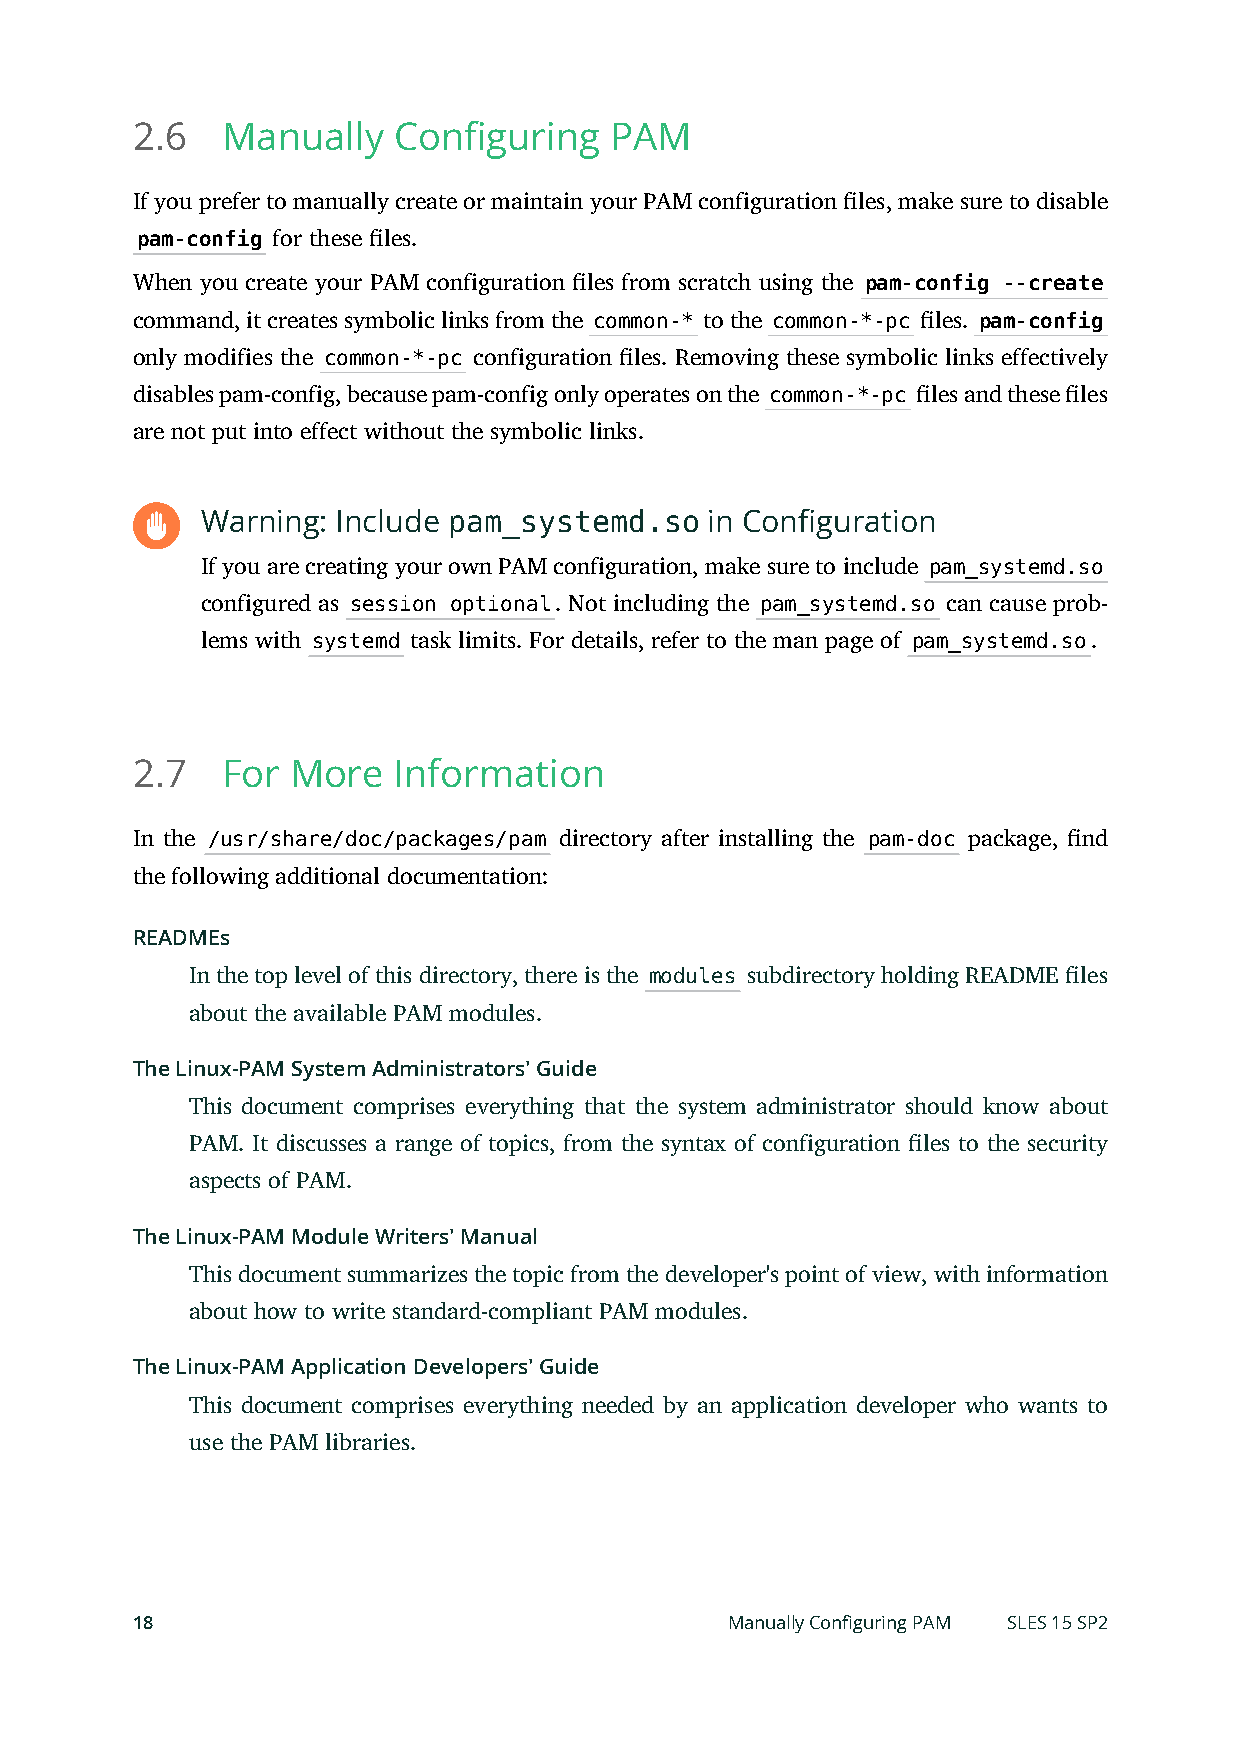
2.6   Manually   Configuring   PAM
 If you prefer to manually create or maintain your PAM configuration les, make sure to disable
 pam-config for these les.
 When you create your PAM configuration les from scratch using the pam-config --create
 command, it creates symbolic links from the common-* to the common-*-pc les. pam-config
 only modifies the common-*-pc configuration les. Removing these symbolic links effectively
 disables pam-config, because pam-config only operates on the common-*-pc les and these les
 are not put into effect without the symbolic links.
 Warning: Include pam_systemd.so   in Configuration
 If you are creating your own PAM configuration, make sure to include pam_systemd.so
 configured as session optional. Not including the pam_systemd.so can cause prob-
 lems with systemd task limits. For details, refer to the man page of pam_systemd.so.
 2.7   For More   Information
 In the /usr/share/doc/packages/pam directory after installing the pam-doc package, nd
 the following additional documentation:
 READMEs
 In the top level of this directory, there is the modules subdirectory holding README les
 about the available PAM modules.
 The Linux-PAM System Administrators' Guide
 This document comprises everything that the system administrator should know about
 PAM. It discusses a range of topics, from the syntax of configuration les to the security
 aspects of PAM.
 The Linux-PAM Module Writers' Manual
 This document summarizes the topic from the developer's point of view, with information
 about how to write standard-compliant PAM modules.
 The Linux-PAM Application Developers' Guide
 This document comprises everything needed by an application developer who wants to
 use the PAM libraries.
 18                                     Manually Configuring PAM SLES 15 SP2